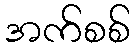
အက်စစ်